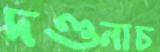
দণ্ডনাচ